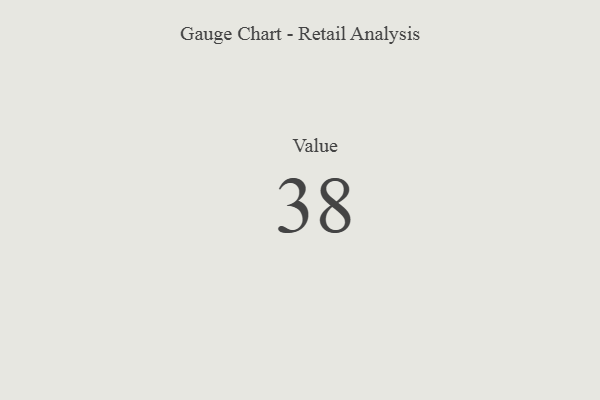
{"axis": {"x": "Metric", "y": "Value"}, "legend": [""], "data": [{"x": "Value", "y": 38, "type": ""}]}